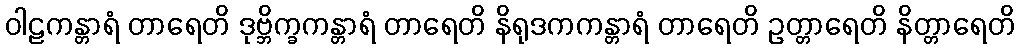
ဝါဠကန္တာရံ တာရေတိ ဒုဗ္ဘိက္ခကန္တာရံ တာရေတိ နိရုဒကကန္တာရံ တာရေတိ ဥတ္တာရေတိ နိတ္တာရေတိ